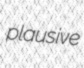
plausive